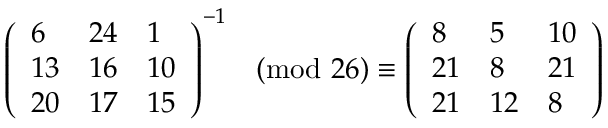
{ \left( \begin{array} { l l l } { 6 } & { 2 4 } & { 1 } \\ { 1 3 } & { 1 6 } & { 1 0 } \\ { 2 0 } & { 1 7 } & { 1 5 } \end{array} \right) } ^ { - 1 } { \pmod { 2 6 } } \equiv { \left( \begin{array} { l l l } { 8 } & { 5 } & { 1 0 } \\ { 2 1 } & { 8 } & { 2 1 } \\ { 2 1 } & { 1 2 } & { 8 } \end{array} \right) }